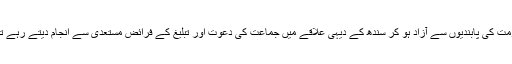
ملازمت کی پابندیوں سے آزاد ہو کر سندھ کے دیہی علاقے میں جماعت کی دعوت اور تبلیغ کے فرائض مستعدی سے انجام دیتے رہے تھے۔